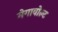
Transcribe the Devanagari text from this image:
मेगावोल्ट